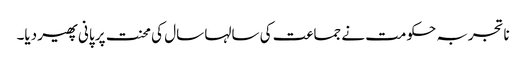
ناتجربہ حکومت نے جماعت کی سالہا سال کی محنت پر پانی پھیر دیا۔